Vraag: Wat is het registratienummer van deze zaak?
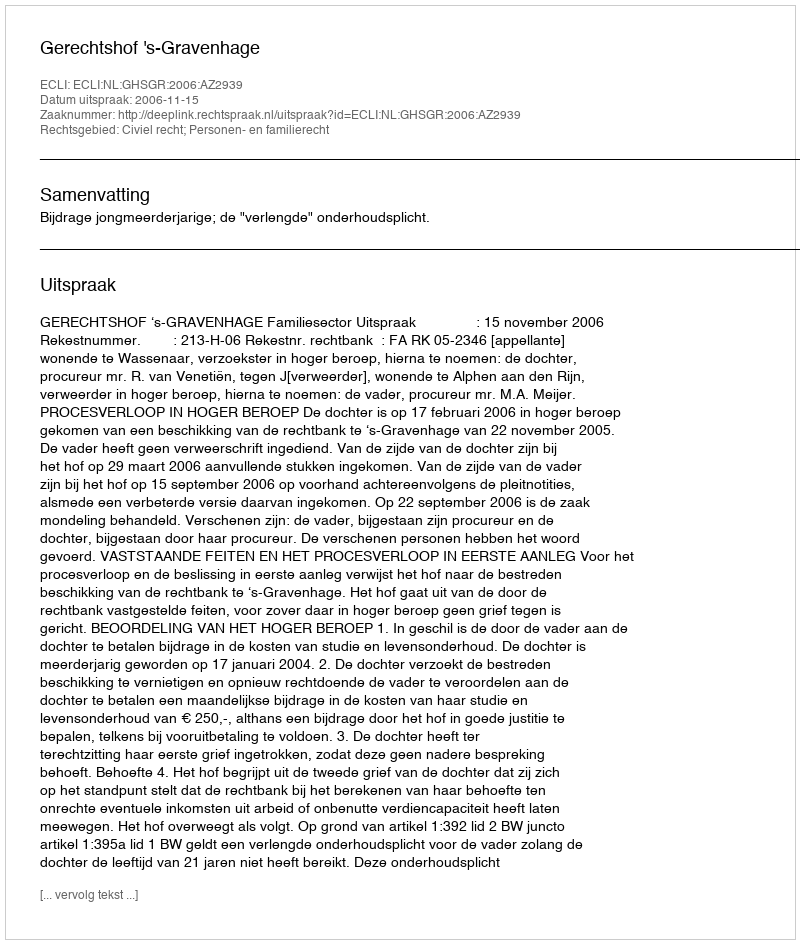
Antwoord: http://deeplink.rechtspraak.nl/uitspraak?id=ECLI:NL:GHSGR:2006:AZ2939